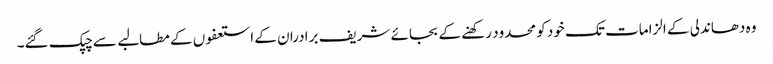
وہ دھاندلی کے الزامات تک خود کو محدود رکھنے کے بجائے شریف برادران کے استعفوں کے مطالبے سے چپک گئے۔